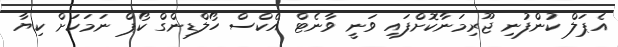
އެޕަލް ކުންފުނި ޖޫރިމަނާކޮށްފައި ވަނީ ވާނެޓް އެކްސް ހޯލްޑިންގް ކޯޕް ނަމަކަށް ކިޔާ